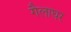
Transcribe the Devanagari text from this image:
गैलाघर